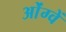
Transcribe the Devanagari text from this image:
ओंग्वें